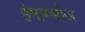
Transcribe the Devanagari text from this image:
हेमाम्भोज